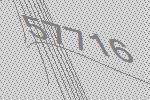
57716